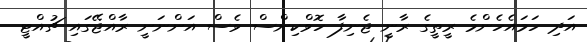
އަދި ހަމައެހެންމެ ރީތީގެ ރާނީ ޖެނިފާ ހޮވްކިންސް ވެސް އަންނަނީ ރާއްޖޭގައި ޗުއްޓީ